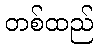
တစ်ထည်